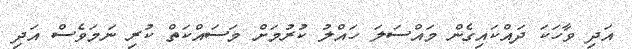
އަދި ވާހަކަ ދައްކައިގެން މައްސަލަ ހައްލު ކުރުމަށް މަސައްކަތް ކުރި ނަމަވެސް އަދި